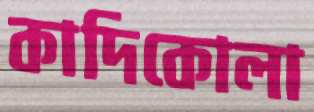
কাদিকোলা